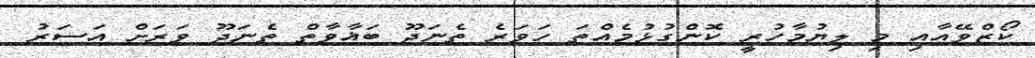
ކޯޒްވޭއާއި މި ލިޔުމާހުރީ ކޮންގުޅުމެއްތަ ހަވަރެ ތެނަދޫ ބަޣާވާތް ތެނަދޫ ވަރަށް އަސަރު